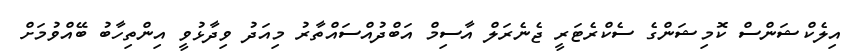
އިލެކްޝަންސް ކޮމިޝަންގެ ސެކްރެޓަރީ ޖެނެރަލް އާސިމް އަބްދުއްސައްތާރު މިއަދު ވިދާޅުވީ އިންތިހާބު ބޭއްވުމަށް